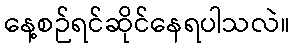
နေ့စဉ်ရင်ဆိုင်နေရပါသလဲ။